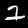
Digit: 2